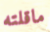
ماقلته